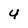
Character: 4